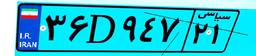
۳۶D۹۴۷۲۱